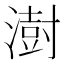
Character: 澍